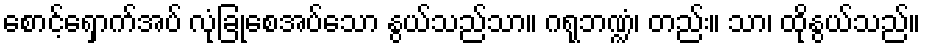
စောင့်ရှောက်အပ် လုံခြုံစေအပ်သော နွယ်သည်သာ။ ဂရုဘဏ္ဍံ၊ တည်း။ သာ၊ ထိုနွယ်သည်။